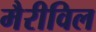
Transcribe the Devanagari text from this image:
मैरीविल